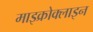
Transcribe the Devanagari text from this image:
माइक्रोक्लाइन